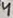
Text: 4